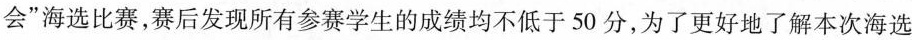
会”海选比赛，赛后发现所有参赛学生的成绩均不低于50分，为了更好地了解本次海选